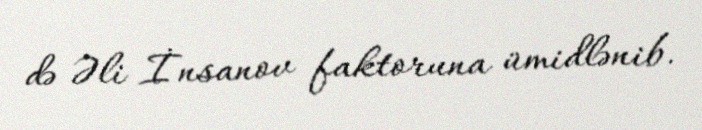
də Əli İnsanov faktoruna ümidlənib.